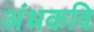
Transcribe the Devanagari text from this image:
अंधकवि